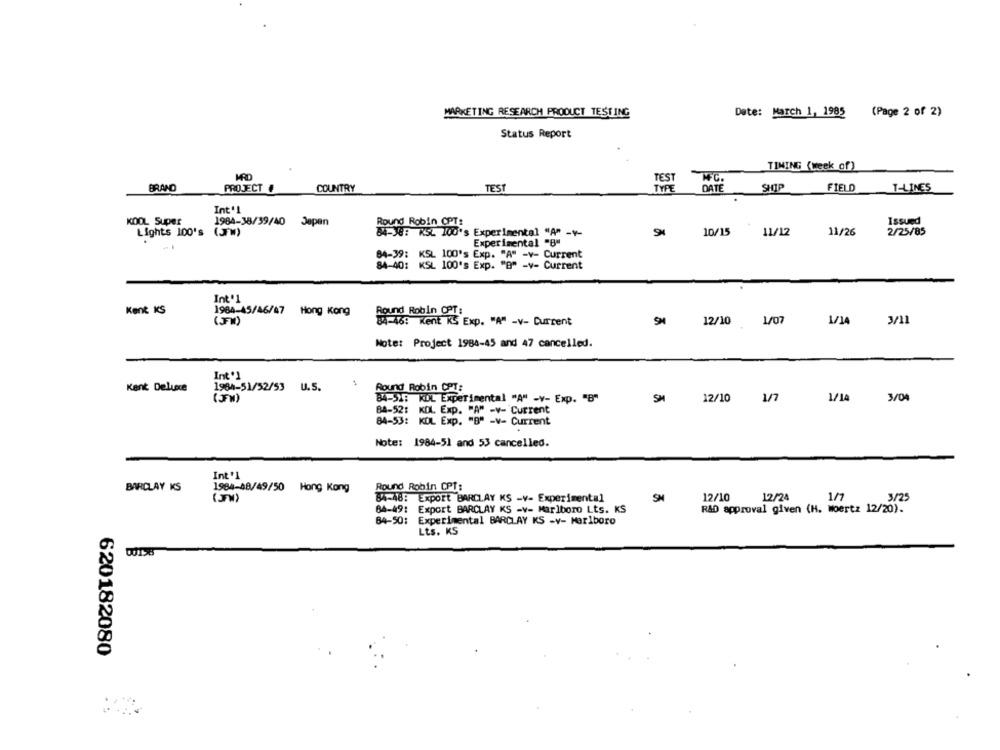
MARKETING RESEARCH PRODUCT TESTING
Date: March 1, 1985 (Page 2 of 2)
Status Report
TIMING (week of)
TEST
MFC.
BRAND
PROJECT #
COUNTRY
TEST
TYPE
DATE
SHIP
FIELD
T-LINES
Int'1
KOOL Super
1984-38/39/40 Japan
Round Robin CPT:
Issued
Lights 100's (57W)
84-X: RSL 100's Experimental "A" -Y-
10/15
11/12
11/26
2/25/85
Experimental "8"
84-39: KSL 100's Exp. "A" -v- Current
84-40: KSL 100's Exp. "B" -y- Current
Int'l
Kent KS
1984-45/46/47 Hong Kong
ound Robin OPT:
(JFW)
12/10 1/07
3/11
84-46: Kent KS Exp. "A" -v- Current
Note: Project 1984-45 and 47 cancelled.
Int'1
Kent Deluxe
1984-51/52/53
U.S.
Round Robin CPT:
SM
1/1
3/04
84-5X: KDL Experimental "A" -y- Exp. "B"
12/10
1/7
84-52: KDL Exp. "A" -v- Current
84-53: KOL Exp. "B" -v- Current
Note: 1984-51 and 53 cancelled.
Int 'l
BARCLAY KS
1984-48/49/50 Hong Kong
Round Robin CPT:
12/24
1/1
3/25
(JFW)
84-48: Export BARCLAY KS -V- Experimental
SN
12/10
64-49: Export BARCLAY KS -v- Marlboro Lts. KS
R&D approval given (H. Woertz 12/20).
84-50: Experimental BARCLAY KS -v- Marlboro
Lts. KS
00158
620182080